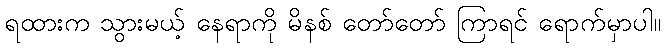
ရထားက သွားမယ့် နေရာကို မိနစ် တော်တော် ကြာရင် ရောက်မှာပါ။